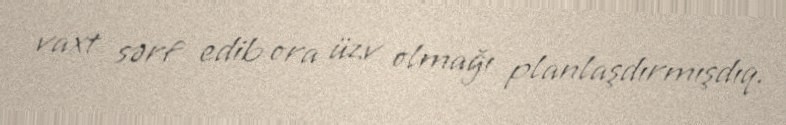
vaxt sərf edib ora üzv olmağı planlaşdırmışdıq.